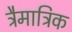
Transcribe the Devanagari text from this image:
त्रैमात्रिक